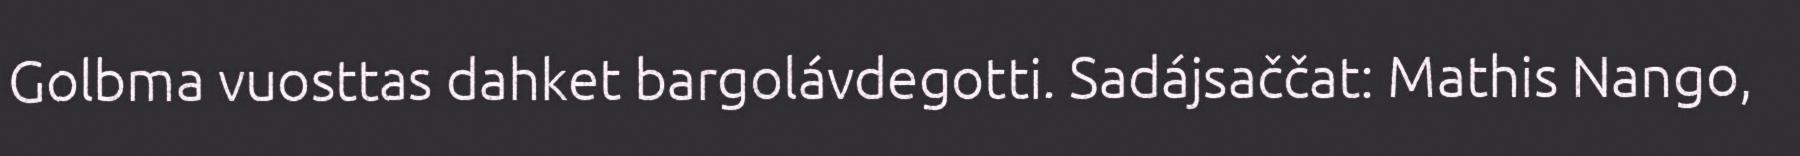
Golbma vuosttas dahket bargolávdegotti. Sadájsaččat: Mathis Nango,